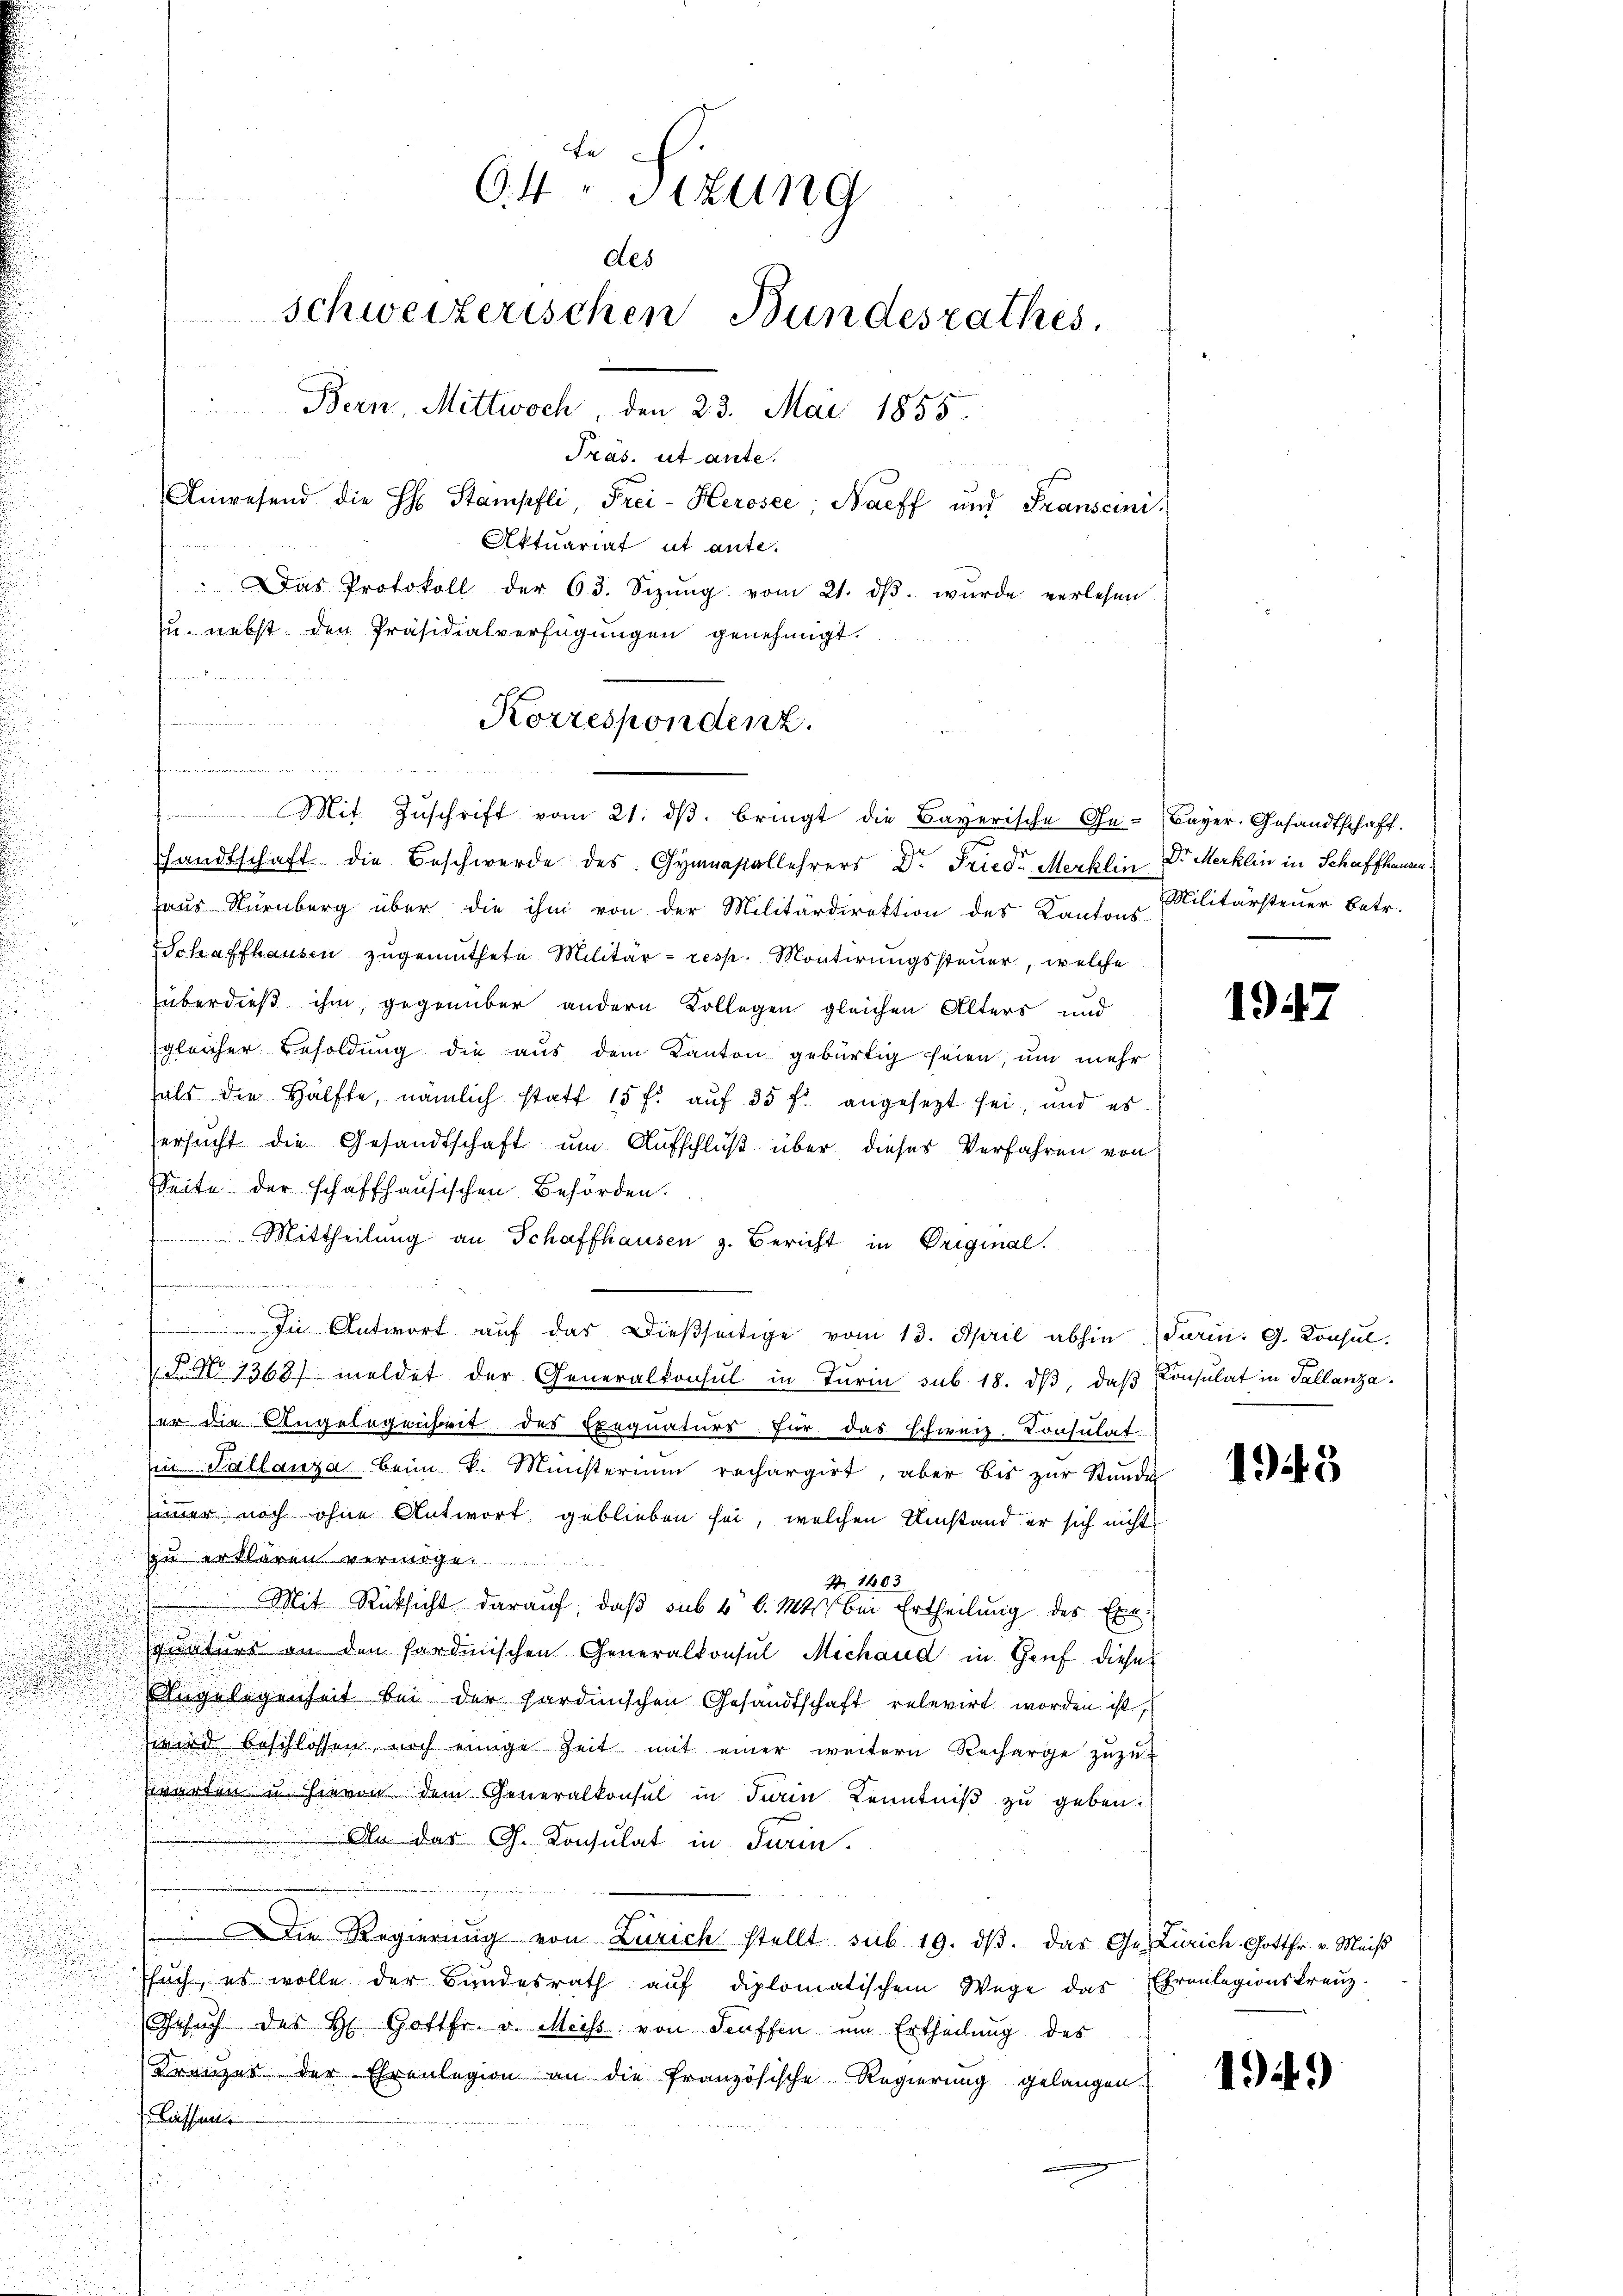
fe
64. Sizung
des
schweizerischen Bundesrathes.
Bern, Mittwoch, den 23. Mai 1855.
Präs. ut ante.
Anwesend die H: Stampfli, Frei- Herosee Nacff und Franscini
Aktuariat ut ante-
Das Protokoll der 63. Sizŭng vom 21. dβ. wurde verlesen
zu. nebst den Präsidialverfügungen genehmigt.
ernommen d

Korrespondenz.

Mit Zŭschrift vom 21. dβ. bringt die Bayerische Ge- Bayer. Gesandtschaft.
shandtschaft die Beschwerde des Gymnasiallehrers Dr. Fried Merklin Dr. Merklin in Schaffhausen¬
Haus Stürnberg über die ihm von der Militärdirektion des Kantons Militärsteuer betr.
Schaffhausen zugemuthete Militär- resp. Montirungssteuer, welche
überdieß ihm, gegenüber andern Kollegen gleichen Alters und
gleicher Besoldung die aus dem Kanton gebürtig seien, um mehr
d
hals die Hälfte, nämlich statt 15 f. aŭf 35 f. angesezt sei, und es
ersucht die Gesandtschaft um Aufschluß über dieses Verfahren von
Seite der schaffhausischen Behörden.
 Mittheilung an Schaffhausen z. Bericht in Original¬
u
In Antwort auf das dießseitige vom 13. April abhin darin. G. Konsul-
u
 §§ 1363/ meldet der Generalkonsul in Turin sub. 18. dβ, daß Consulat in Tallanza
er die Angelegenheit des Exequaturs für das schweiz. Consulat
Ein Tallanza beim k. Ministerium rechargirt, aber bis zur Stunde
immer noch ohne Antwort geblieben sei, welchen Umstand er sich nicht
zu erklären vermöge.
Z. 1403
Mit Rücksicht darauf, daß sub 4 l. Mts. bei Ertheilung des Exequaturs an den sardinischen Generalkonsul Michand in Genf dieses
Angelegenheit bei der sardinischen Gesandtschaft relevirt worden ist,
wird beschlossen, noch einige Zeit mit einer weitern Recharge zŭzŭ-
warten u. Hievon dem Generalkonsul in Firin Kenntniß zu geben.
An des G. Konsulat in Turin
.Die Regierung von Zürich stellt sub 19. dβ das Ge- Zürich Gottfr. v. Meiß
Esuch, es wolle der Bundesrath aŭf diplomatischem Wege das Ehrenlegionskreuz.
Gesŭch des H. Gottfr. v. Meis, von Seuffen um Ertheilung des
Kreuzer der Ehrenlegion an die französische Regierung gelangen.
Liessen
.

1947

1943

1949